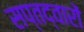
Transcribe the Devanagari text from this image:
सप्तद्वारों